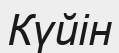
Күйін